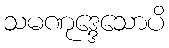
သမဏုဒ္ဒေသောပိ